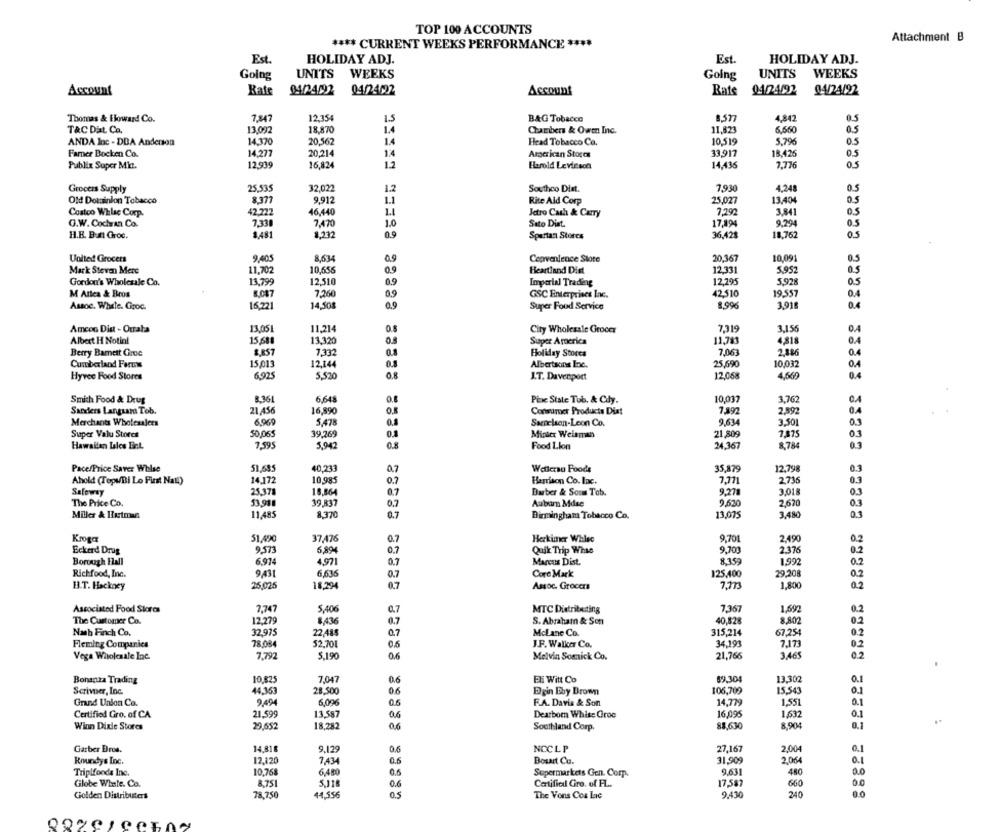
TOP 100 ACCOUNTS
Attachment B
**** CURRENT WEEKS PERFORMANCE ****
Est.
Est.
HOLIDAY ADJ.
HOLIDAY ADJ.
Going
UNITS WEEKS
UNITS
WEEKS
Going
Account
Kate
04/24022
Account
Rats
SADA192
7,847
12,354
B&G Tobacco
4,842
0.5
Thomas & Flowand Co.
T&C Dat. Co.
13.092
18,870
Chambers & Owen Inc.
11,821
6.650
0.5
ANDA Inc - DBA Anderson
14.370
20,562
14
Head Tobacco Co.
10.519
5.796
05
Farner Bocken Co.
14,277
20,214
1.4
Arserican Stores
33,917
18.426
0.5
Publix Super Mit.
12.939
16,824
1.2
Harold Levinson
14,436
7.776
05
Grocers Supply
25,535
32.022
1.2
Southco Dist.
7,930
4,248
0.5
Old Dominion Tobacco
8.377
9,912
1.1
Rite Aid Corp
25.027
13.404
0.5
Costco Whlac Corp.
42.722
46,440
1.1
Jetro Cash & Carry
7,292
3.841
05
G.W. Cochran Co.
7,330
7.470
1.0
Sato Diat.
17,194
9.294
3.481
0.9
18.762
H.B. Bun Groc.
1,232
Spartan Stores
36,428
05
United Grocers
9.405
8,634
Ceprventence Stote
20,367
10,091
0.5
Mark Steven Mere
11,702
10.656
0.9
Heartland Dist
12.331
5.952
0.5
Gordon's Wholesale Co.
13,799
12,510
0.9
Imperial Trading
12,295
5,928
0.5
M Arica & Bros
7.260
0.9
42.510
19.557
0.4
8.087
GSC Enterprises Inc.
Assoc. While. Groc.
16,221
14,508
0.9
Super Food Service
8,996
3,91
0.4
Amcon Dia - Otraba
13,051
11,214
City Wholesale Grocer
7,319
3,156
0.4
Albert H Notini
15,681
13.320
O.
Super America
11,781
4,818
0.4
Berry Bamett Groe
2.857
7,332
0.8
Holiday Stores
7,063
2,186
Cumberland Farcis
15,013
12.144
Albertsons Inc.
25,690
10.037
0.4
Hyvee Food Stores
6,92
5,520
0.8
I.T. Davenport
12,06
4,669
0.4
Smith Food & Drug
8.361
6.648
Pixe State Tob. & Cily.
10,037
3,762
21,456
04
Sardiers Langsama Tob.
16,890
Consumer Products Diat
7,892
2,892
Merchants Wholesalers
6.969
5,478
Sampelsen-Leon Co.
9,634
3.501
03
Super Valu Stores
50,065
39,269
21,809
7,875
03
Minter Weisman
Hawaiian Lales Ent.
7,595
5,942
Food Llon
24,367
8.784
03
PacefPrice Saver Whise
51,685
40,233
0.7
Wellersu Foods
35,379
12.798
0.3
Ahold (TopvBi Lo First Natl)
14.172
10.985
0.7
Harrison Co. Inc.
7,711
2,736
03
Salowsy
25,378
10,864
Barber & Sous Tob.
9.271
3,018
03
The Price Co.
53,911
39.837
0.7
Auburn Mdse
9.620
2,670
03
Miller & Hartman
11,485
8.370
Birmingham Tobacco Co.
13,075
3,480
0.3
Kroga
51.490
37,476
0.7
Herkimer Whlee
9,701
2,490
02
Eckerd Drug
9.573
6,89€
Quik Trip Whse
9,700
0.7
2.376
0.2
Borough Hall
6.974
4971
0.7
Marcus Dist.
8.3.59
1,992
0.2
Richfood, Inc.
9431
Core Mark
125,400
29,208
02
6,636
0.7
1,800
H.T. Hackney
25,025
18,294
0.7
Assoc. Grocers
7,773
02
Associatod Food Stores
7,747
5,406
MTC Distributing
7.367
1,692
0.2
0.7
The Customer Co.
12.279
8,436
0.7
S. Abraham & Son
40,828
8,802
0.2
Nach Finch Co.
32.975
22,485
0.7
McLane Co.
315,214
67,254
0.2
34,193
Fleming Companies
78.084
52,701
0.6
J.F. Walker Co.
7.173
02
Vega Wholesale Inc.
7,792
$.190
0.6
Melvin Somick Co.
21,766
3.465
02
Bonanza Trading
10.825
7,047
0.6
El Witt Co
89.304
13.302
0.1
To
Scriver, Inc.
44.353
28.500
0.6
Egin Bby Brown
106,709
15.543
Grand Union Co.
9.494
6,096
0.6
F.A. Davis & Son
14,779
1,551
0.1
Certified Gro. of CA
21.599
13.587
06
Dearborn Whise Croc
16,095
1,632
0.1
18,282
0.6
88,630
8,904
0.1
Winn Dixie Stores
29,652
Southland Corp.
Garber Drus.
14.818
9.129
0.6
NCCLP
27,167
2.004
0.1
Roundys Inc.
12.120
7434
0.6
Bout Co.
31,909
2.064
0.1
Triplfoods Inc.
10.768
6,480
0.6
Supermarkets Gen. Comp.
9.631
480
0.0
8.751
5.118
0.6
17.587
660
0.0
Globe Whele. Co.
Certified Gro. of FL.
Golden Distributers
78,750
44,556
05
The Vons Cos Lac
9,430
240